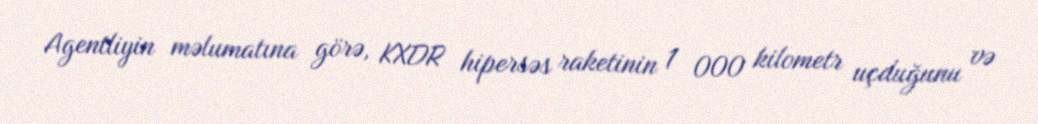
Agentliyin məlumatına görə, KXDR hipersəs raketinin 1 000 kilometr uçduğunu və